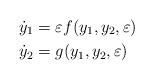
LaTeX: \begin{align*} &\dot y_1= \varepsilon f(y_1,y_2,\varepsilon)\\ &\dot y_2=g(y_1,y_2,\varepsilon) \end{align*}